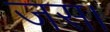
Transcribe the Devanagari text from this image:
जस।